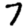
Digit: 7